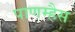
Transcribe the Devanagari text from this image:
पाणम्हैस